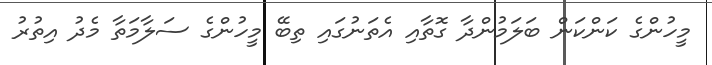
މީހުންގެ ކަންކަން ބަލަމުންދާ ގޮތާއި އެތަނުގައި ތިބޭ މީހުންގެ ސަލާމަތާ މެދު އިތުރު